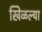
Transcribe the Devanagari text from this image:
खिळल्या